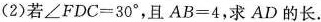
(2)若$$\angle FDC=30^{\circ}$$，且$$AB=4$$，求AD的长。